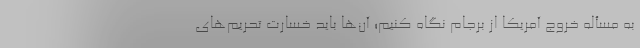
به مسأله خروج آمریکا از برجام نگاه کنیم؛ آن‌ها باید خسارت تحریم‌های